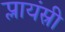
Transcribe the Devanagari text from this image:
प्लायंस्री